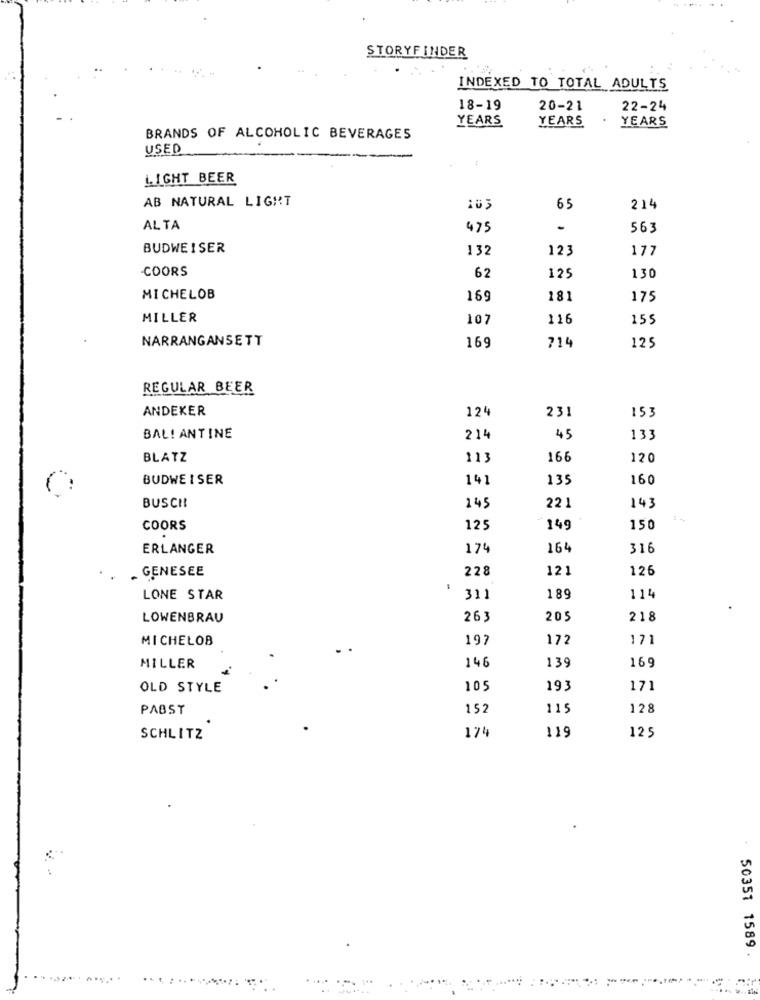
STORYFINDER
INDEXED TO TOTAL ADULTS
18-19
20-21
22-24
YEARS
YEARS
YEARS
BRANDS OF ALCOHOLIC BEVERAGES
USED
LIGHT BEER
AB NATURAL LIGHT
103
65
214
AL TA
475
-
563
BUDWEISER
132
123
177
-COORS
62
125
130
MICHELOB
169
181
175
MILLER
107
116
155
NARRANGANSETT
169
714
125
REGULAR BEER
ANDEKER
124
231
153
BAL! ANTINE
214
45
133
BLATZ
113
166
120
BUDWEI SER
141
135
160
BUSCH!
145
221
143
COORS
125
149
150
ERLANGER
174
164
316
228
121
126
- GENESEE
LONE STAR
311
189
114
LOWENBRAU
263
205
218
MICHELOB
197
172
171
146
169
MILLER
139
OLD STYLE
109
193
171
PABST
152
115
128
174
119
SCHLITZ
125
50351 1589 .
......